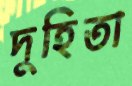
দুহিতা